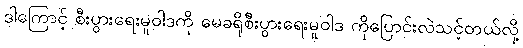
ဒါကြောင့် စီးပွားရေးမူဝါဒကို မေခရိုစီးပွားရေးမူဝါဒ ကိုပြောင်းလဲသင့်တယ်လို့